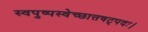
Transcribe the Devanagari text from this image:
स्वपुष्पस्वेच्छात्तषट्पदः।